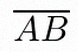
\overline{AB}